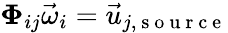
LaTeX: \mathbf{\Phi}_{ij}\vec{\omega}_{i}=\vec{u}_{j,\mathrm{~s~o~u~r~c~e~}}